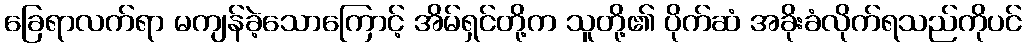
ခြေရာလက်ရာ မကျန်ခဲ့သောကြောင့် အိမ်ရှင်တို့က သူတို့၏ ပိုက်ဆံ အခိုးခံလိုက်ရသည်ကိုပင်